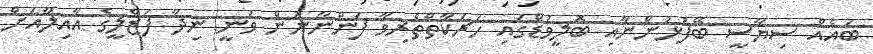
ބައެއް ސިޔާސީ ބޭފުޅުންނާއި ބޮލީވުޑްގައި ހަރަކާތްތެރިވާ ފަންނާނުން ވަނީ ނިދާ ފަޒްލީގެ އާއިލާއަށް